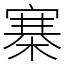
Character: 寨